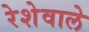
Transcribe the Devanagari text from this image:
रेशेवाले